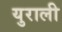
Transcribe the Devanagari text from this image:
युराली